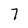
Character: 7